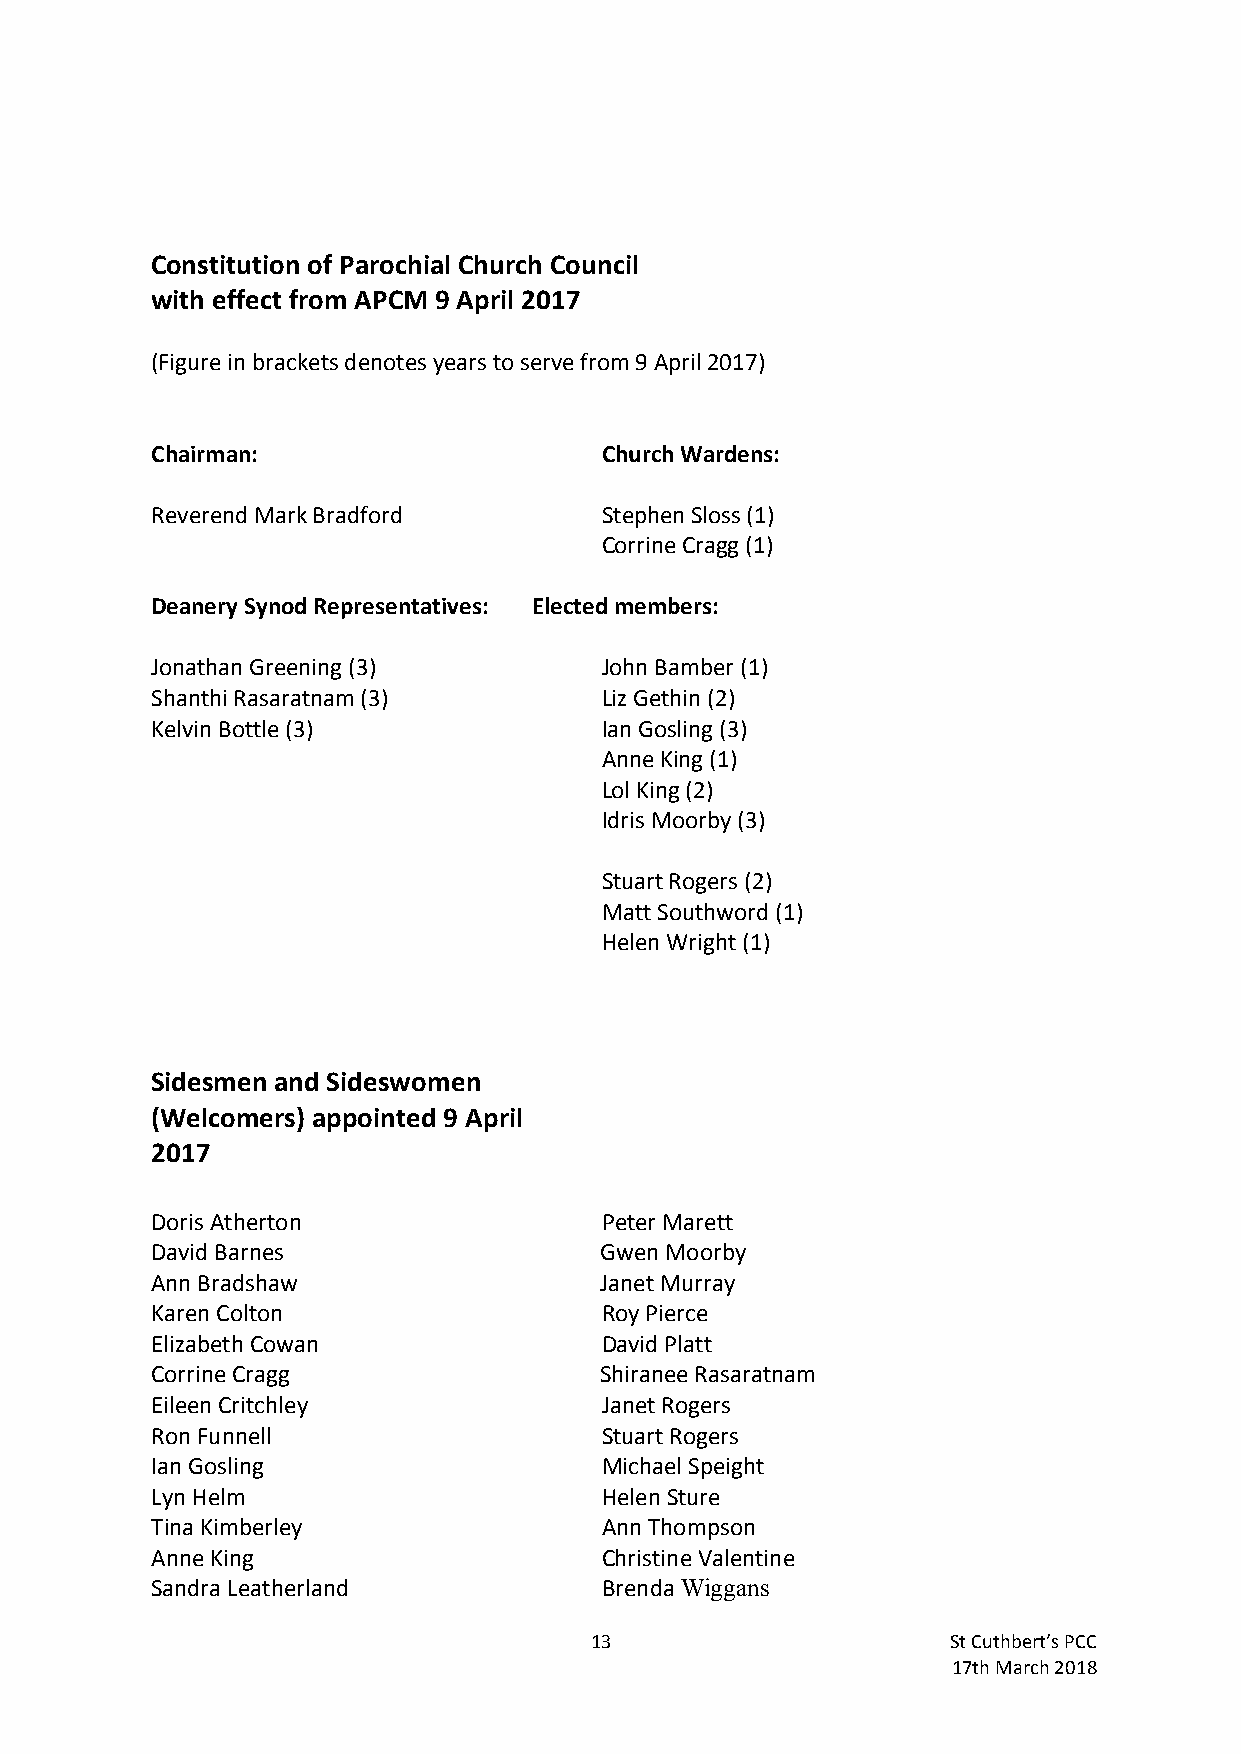
Constitution of Parochial Church Council
 with effect from APCM 9 April 2017
 (Figure in brackets denotes years to serve from 9 April 2017)
 Chairman:                     Church Wardens:
 Reverend Mark Bradford        Stephen Sloss (1)
 Corrine Cragg (1)
 Deanery Synod Representatives: Elected members:
 Jonathan Greening (3)         John Bamber (1)
 Shanthi Rasaratnam (3)        Liz Gethin (2)
 Kelvin Bottle (3)             Ian Gosling (3)
 Anne King (1)
 Lol King (2)
 Idris Moorby (3)
 Stuart Rogers (2)
 Matt Southword (1)
 Helen Wright (1)
 Sidesmen and Sideswomen
 (Welcomers) appointed 9 April
 2017
 Doris Atherton                Peter Marett
 David Barnes                  Gwen Moorby
 Ann Bradshaw                  Janet Murray
 Karen Colton                  Roy Pierce
 Elizabeth Cowan               David Platt
 Corrine Cragg                 Shiranee Rasaratnam
 Eileen Critchley              Janet Rogers
 Ron Funnell                   Stuart Rogers
 Ian Gosling                   Michael Speight
 Lyn Helm                      Helen Sture
 Tina Kimberley                Ann Thompson
 Anne King                     Christine Valentine
 Sandra Leatherland            Brenda Wiggans
 13                      St Cuthbert’s PCC
 17th March 2018